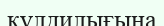
құлдилығына